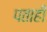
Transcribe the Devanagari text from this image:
पताही